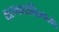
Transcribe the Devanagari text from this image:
शाम्भवशक्तिभाजं।